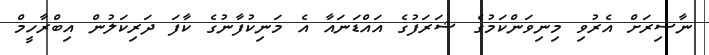
ނާސިރަށް އެރުވި މިނިވަންކަމުގެ ޝަރަފުގެ އައްޑަނައާ އެ މަނިކުފާނުގެ ކާފަ ދަރިކަލުން އިބްރާހީމް